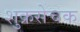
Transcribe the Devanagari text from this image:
शुक्रसेचक